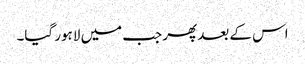
اس کے بعد پھر جب میں لاہور گیا۔